Annual report of the Imperial Bacteriologist
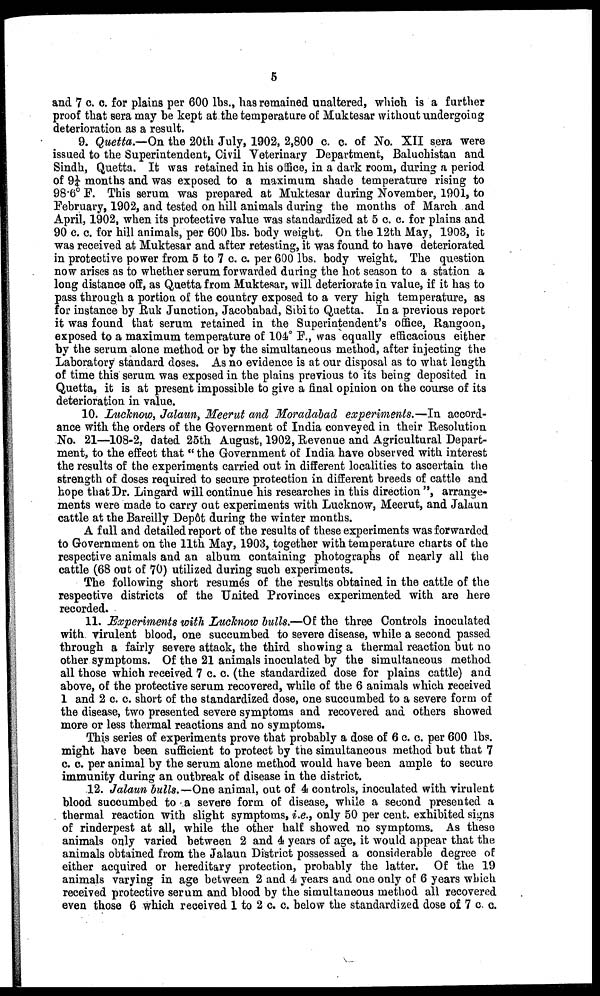
5
and 7 c. c. for plains per 600 lbs., has remained unaltered, which is a further
proof that sera may be kept at the temperature of Muktesar without undergoing
deterioration as a result.
9. Quetta.—On the 20th July, 1902, 2,800 c. c. of No. XII sera were
issued to the Superintendent, Civil Veterinary Department, Baluchistan and
Sindh, Quetta. It was retained in his office, in a dark room, during a period
of 9¼ months and was exposed to a maximum shade temperature rising to
98.6° F. This serum was prepared at Muktesar during November, 1901, to
February, 1902, and tested on hill animals during the months of March and
April, 1902, when its protective value was standardized at 5 c. c. for plains and
90 c. c. for hill animals, per 600 lbs. body weight. On the 12th May, 1903, it
was received at Muktesar and after retesting, it was found to have deteriorated
in protective power from 5 to 7 c. c. per 600 lbs. body weight. The question
now arises as to whether serum forwarded during the hot season to a station a
long distance off, as Quetta from Muktesar, will deteriorate in value, if it has to
pass through a portion of the country exposed to a very high temperature, as
for instance by Ruk Junction, Jacobabad, Sibito Quetta. In a previous report
it was found that serum retained in the Superintendent's office, Rangoon,
exposed to a maximum temperature of 104° F., was equally efficacious either
by the serum alone method or by the simultaneous method, after injecting the
Laboratory standard doses. As no evidence is at our disposal as to what length
of time this serum was exposed in the plains previous to its being deposited in
Quetta, it is at present impossible to give a final opinion on the course of its
deterioration in value.
10. Lucknow, Jalaun, Meerut and Moradabad experiments.—In accord-
ance with the orders of the Government of India conveyed in their Resolution
No. 21—108-2, dated 25th August, 1902, Revenue and Agricultural Depart-
ment, to the effect that " the Government of India have observed with interest
the results of the experiments carried out in different localities to ascertain the
strength of doses required to secure protection in different breeds of cattle and
hope that Dr. Lingard will continue his researches in this direction ", arrange-
ments were made to carry out experiments with Lucknow, Meerut, and Jalaun
cattle at the Bareilly Depôt during the winter months.
A full and detailed report of the results of these experiments was forwarded
to Government on the 11th May, 1903, together with temperature charts of the
respective animals and an album containing photographs of nearly all the
cattle (68 out of 70) utilized during such experiments.
The following short resumes of the results obtained in the cattle of the
respective districts of the United Provinces experimented with are here
recorded.
11. Experiments with Lucknow bulls.—Of the three Controls inoculated
with virulent blood, one succumbed to severe disease, while a second passed
through a fairly severe attack, the third showing a thermal reaction but no
other symptoms. Of the 21 animals inoculated by the simultaneous method
all those which received 7 c. c. (the standardized dose for plains cattle) and
above, of the protective serum recovered, while of the 6 animals which received
1 and 2 c. c. short of the standardized dose, one succumbed to a severe form of
the disease, two presented severe symptoms and recovered and others showed
more or less thermal reactions and no symptoms.
This series of experiments prove that probably a dose of 6 c. c. per 600 lbs.
might have been sufficient to protect by the simultaneous method but that 7
c. c. per animal by the serum alone method would have been ample to secure
immunity during an outbreak of disease in the district.
12. Jalaun bulls.—One animal, out of 4 controls, inoculated with virulent
blood succumbed to a severe form of disease, while a second presented a
thermal reaction with slight symptoms, i.e., only 50 per cent. exhibited signs
of rinderpest at all, while the other half showed no symptoms. As these
animals only varied between 2 and 4 years of age, it would appear that the
animals obtained from the Jalaun District possessed a considerable degree of
either acquired or hereditary protection, probably the latter. Of the 19
animals varying in age between 2 and 4 years and one only of 6 years which
received protective serum and blood by the simultaneous method all recovered
even those 6 which received 1 to 2 c. c. below the standardized dose of 7 c. c.